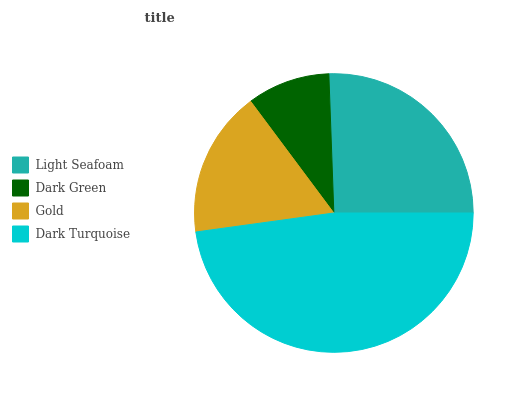
| Light Seafoam | Dark Green | Gold | Dark Turquoise |
 | --- | --- | --- | --- |
 | 25.6% | 9.61% | 17% | 47.8% |